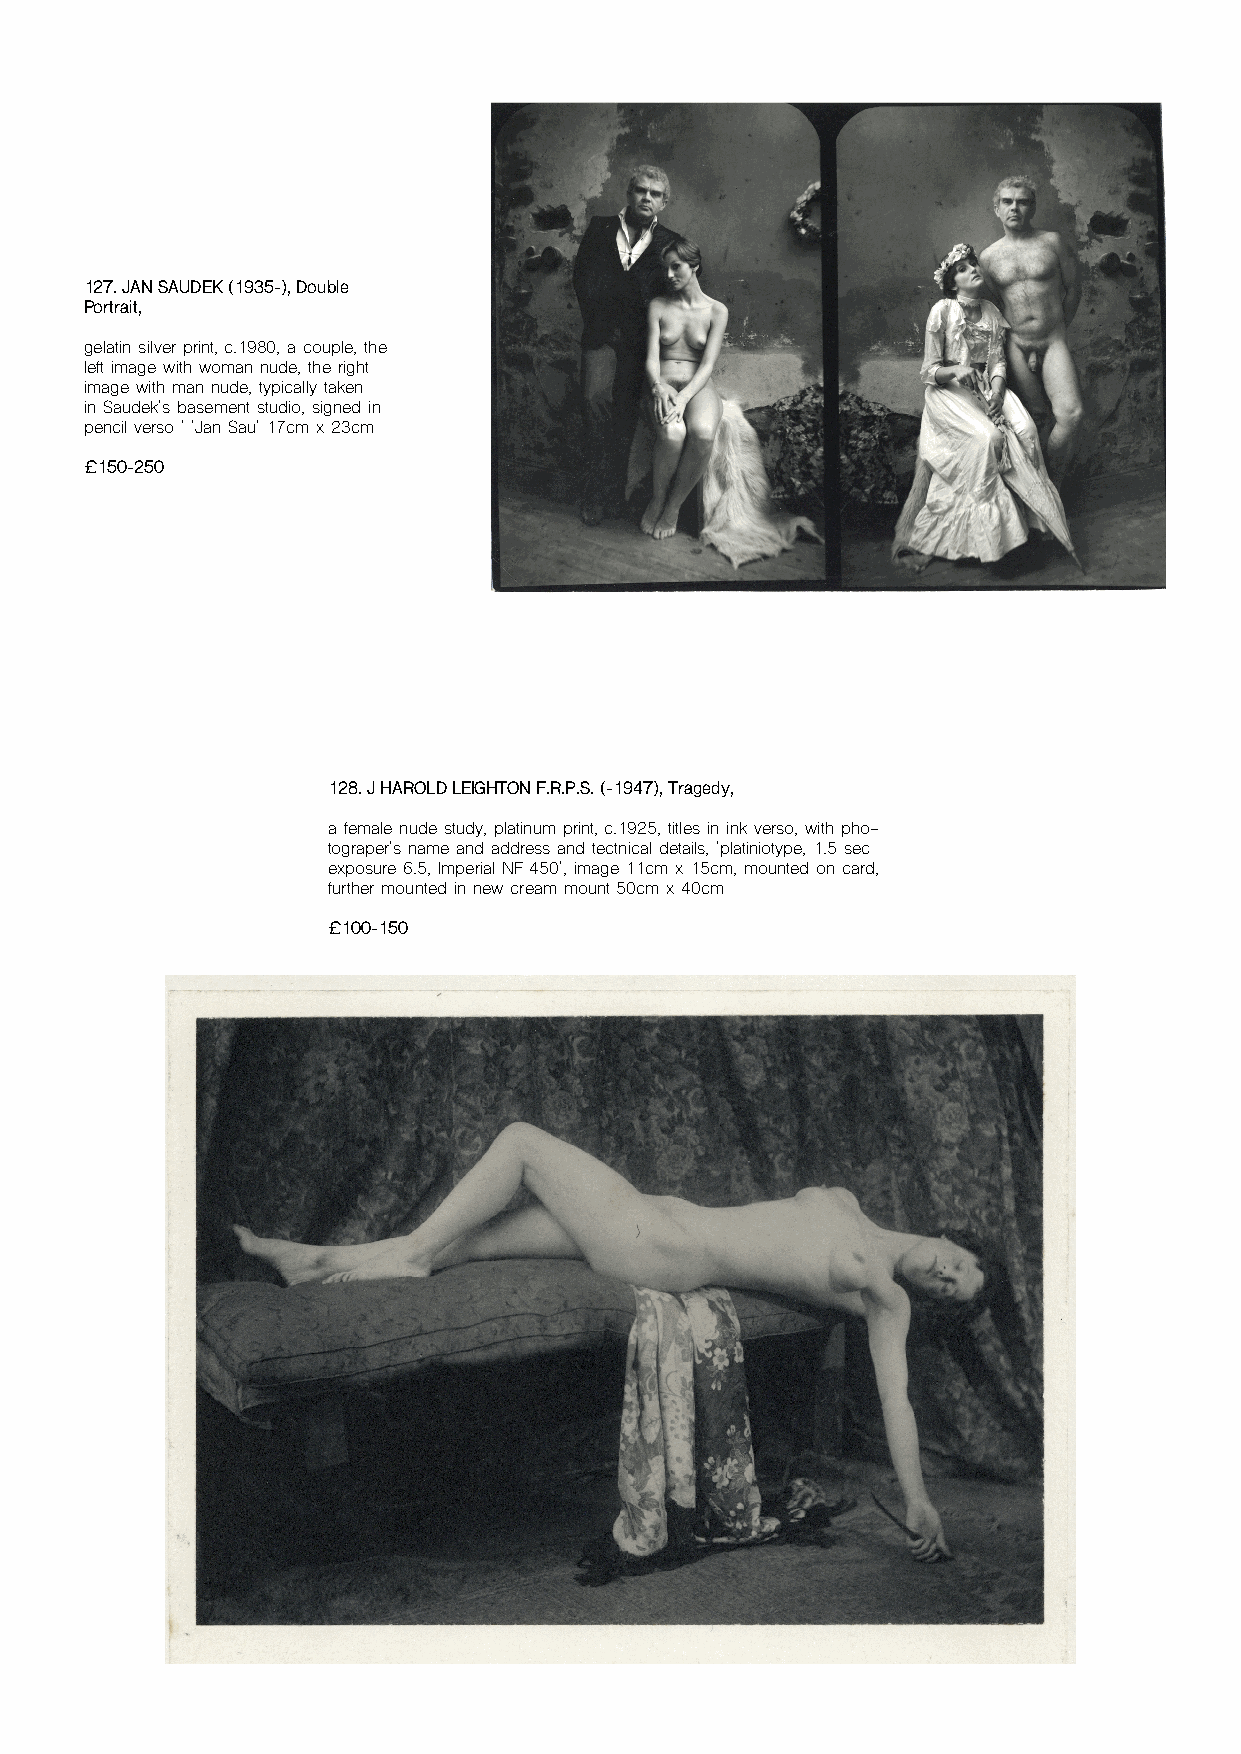
127. JAN SAUDEK (1935-), Double
 Portrait,
 gelatin silver print, c.1980, a couple, the
 left image with woman nude, the right
 image with man nude, typically taken
 in Saudek's basement studio, signed in
 pencil verso ' 'Jan Sau' 17cm x 23cm
 £150-250
 128. J HAROLD LEIGHTON F.R.P.S. (-1947), Tragedy,
 a female nude study, platinum print, c.1925, titles in ink verso, with pho-
 tograper's name and address and tectnical details, 'platiniotype, 1.5 sec
 exposure 6.5, Imperial NF 450', image 11cm x 15cm, mounted on card,
 further mounted in new cream mount 50cm x 40cm
 £100-150